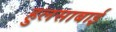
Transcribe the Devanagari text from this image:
हुलसाबाई